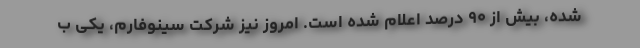
شده، بیش از ۹۰ درصد اعلام شده است. امروز نیز شرکت سینوفارم، یکی ب